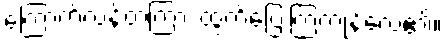
ကြောက်လန့်တကြား ထွက်ပြေးကြကုန်လေ၏။